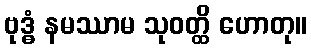
ဗုဒ္ဓံ နမဿာမ သုဝတ္ထိ ဟောတု။